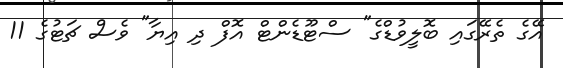
އޭގެ ތެރޭގައި ބޮލީވުޑްގެ" ސްޓޫޑެންޓް އޮފް ދި އިޔާ" ވެސް ޗަޓުގެ 11